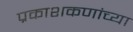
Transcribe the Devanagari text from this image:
प्रकाशकणांच्या